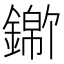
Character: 𬬃